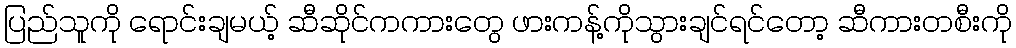
ပြည်သူကို ရောင်းချမယ့် ဆီဆိုင်ကကားတွေ ဖားကန့်ကိုသွားချင်ရင်တော့ ဆီကားတစီးကို